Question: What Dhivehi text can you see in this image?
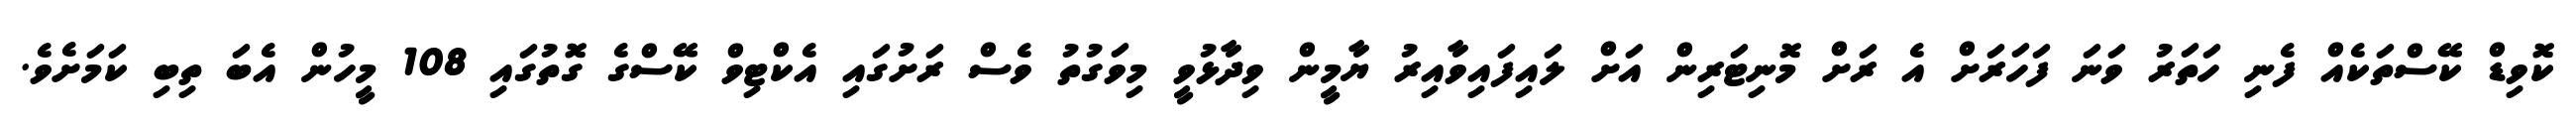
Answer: ކޮވިޑް ކޭސްތަކެއް ފެނި ހަތަރު ވަނަ ފަހަރަށް އެ ރަށް މޮނިޓަރިން އަށް ލައިފައިވާއިރު ޔާމީން ވިދާޅުވީ މިވަގުތު ވެސް ރަށުގައި އެކްޓިވް ކޭސްގެ ގޮތުގައި 108 މީހުން އެބަ ތިބި ކަމަށެވެ.